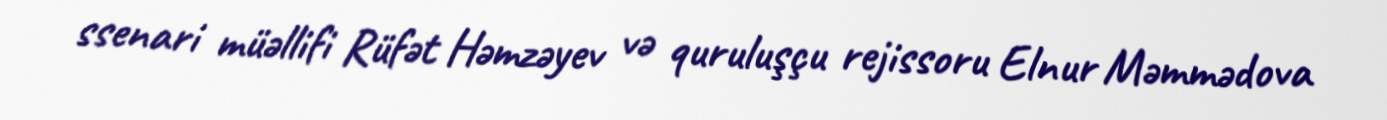
ssenari müəllifi Rüfət Həmzəyev və quruluşçu rejissoru Elnur Məmmədova